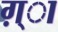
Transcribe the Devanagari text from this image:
ग़्ा